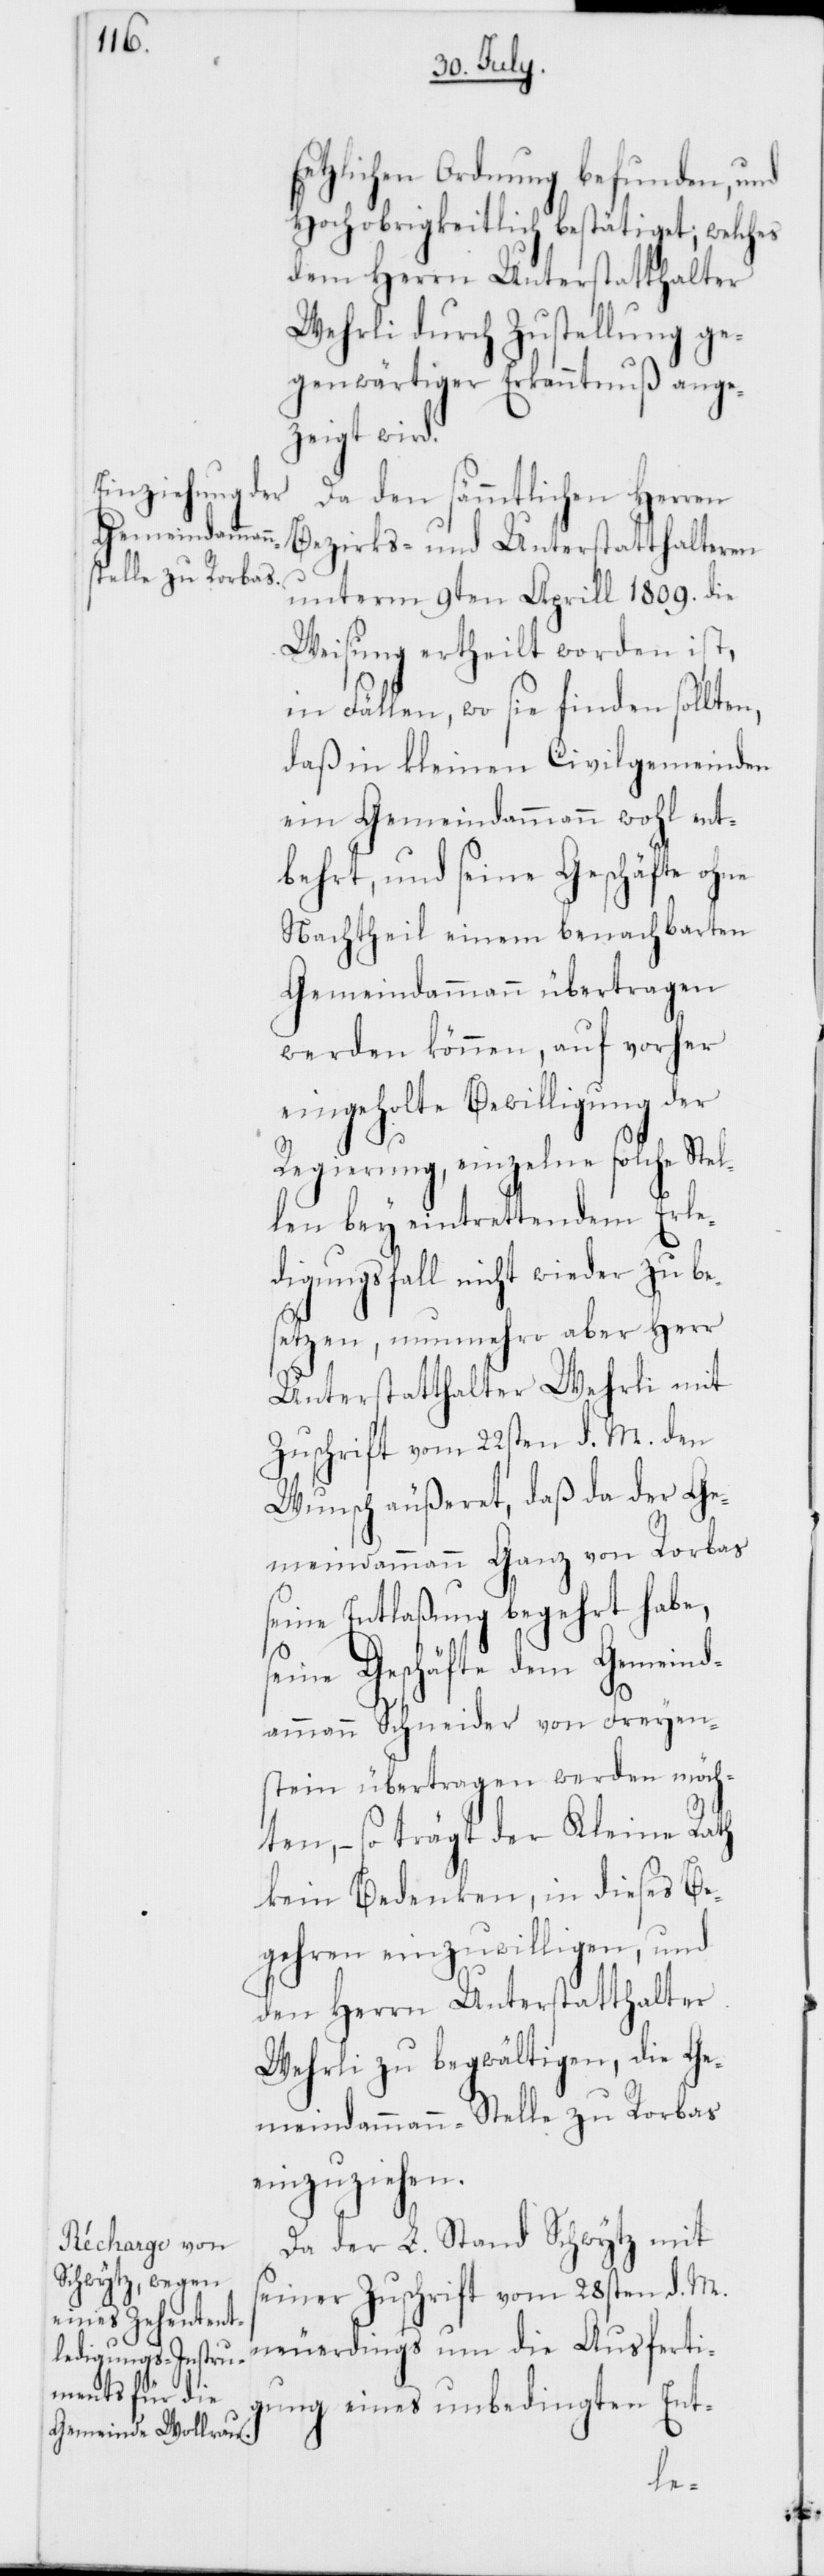
setzlichen Ordnung befunden, und
Hochobrigkeitlich bestätiget; welches
dem Herrn Unterstatthalter
Wehrli durch Zustellung ge¬
genwärtiger Erkanntnuß ange¬
zeigt wird.
Da den sämmtlichen Herren
Bezirks- und Unterstatthalteren
unterm 9ten Aprill 1809. die
Weisung ertheilt worden ist,
in Fällen, wo sie finden sollten,
daß in kleinen Civilgemeinden
ein Gemeindammann wohl ent¬
behrt, und seine Geschäfte ohne
Nachtheil einem benachbarten
Gemeindammann übertragen
werden können, auf vorher
eingeholte Bewilligung der
Regierung, einzelne solche Ste¬
len bey eintrettendem Erle¬
digungsfall nicht wieder zu be¬
setzen, nunmehro aber Herr
Unterstatthalter Wehrli mit
Zuschrift vom 22sten d. M. den
Wunsch äußeret, daß da der Ge¬
meindammann Ganz von Rorbas
seine Entlaßung begehrt habe,
seine Geschäfte dem Gemeind¬
ammann Schneider von Freyen¬
stein übertragen werden möch¬
ten, – so trägt der Kleine Rath
kein Bedenken, in dieses Be¬
gehren einzuwilligen, und
den Herrn Unterstatthalter
Wehrli zu begwältigen, die Ge¬
meindammanns-Stelle zu Rorbas
einzuziehen.
Da der L. Stand Schwytz mit
seiner Zuschrift vom 28sten d. M.
neuerdings um die Ausferti¬
gung eines unbedingten Ent-
l¬